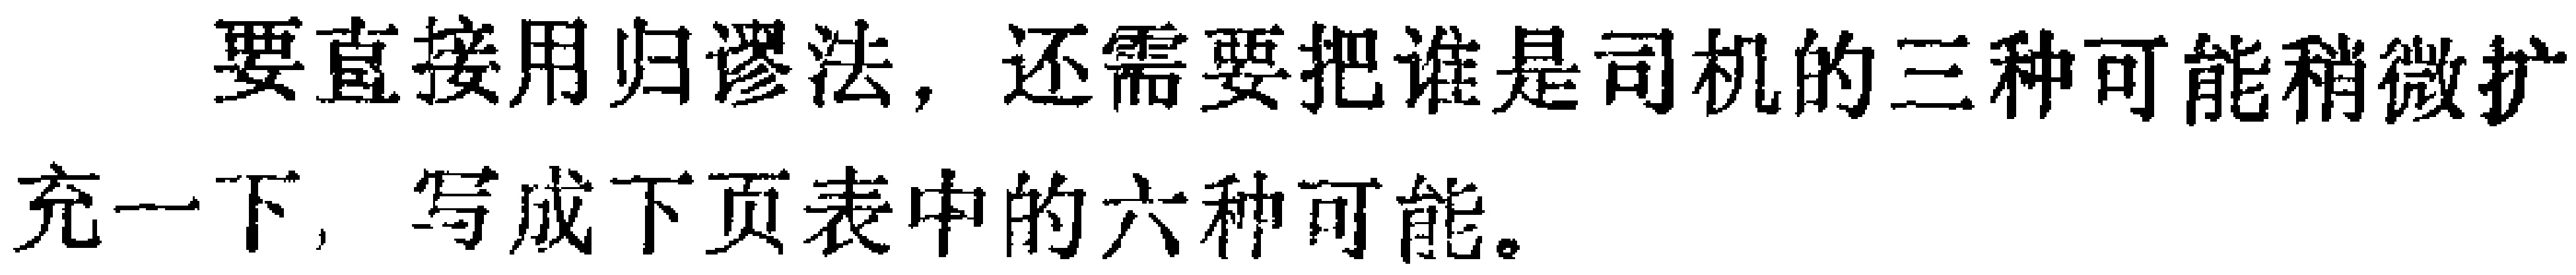
要直接用归谬法，还需要把谁是司机的三种可能稍微扩充一下，写成下页表中的六种可能。